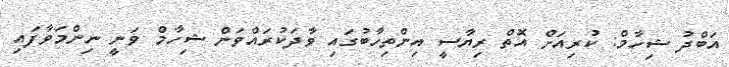
އަބްދު ޝިހާމް: ކުރިއަށް އޮތް ރިޔާސީ އިންތިހާބުގައި ވާދަކުރައްވަން ޝިހާމް ވަނީ ނިންމަވާފައި